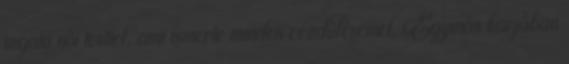
izgató női testtel, ami ismerte minden rezdülésemet. Egymás karjában